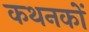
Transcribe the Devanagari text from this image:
कथनकों